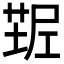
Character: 𰱠